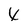
Character: 4